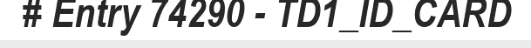
# Entry 74290 - TD1_ID_CARD